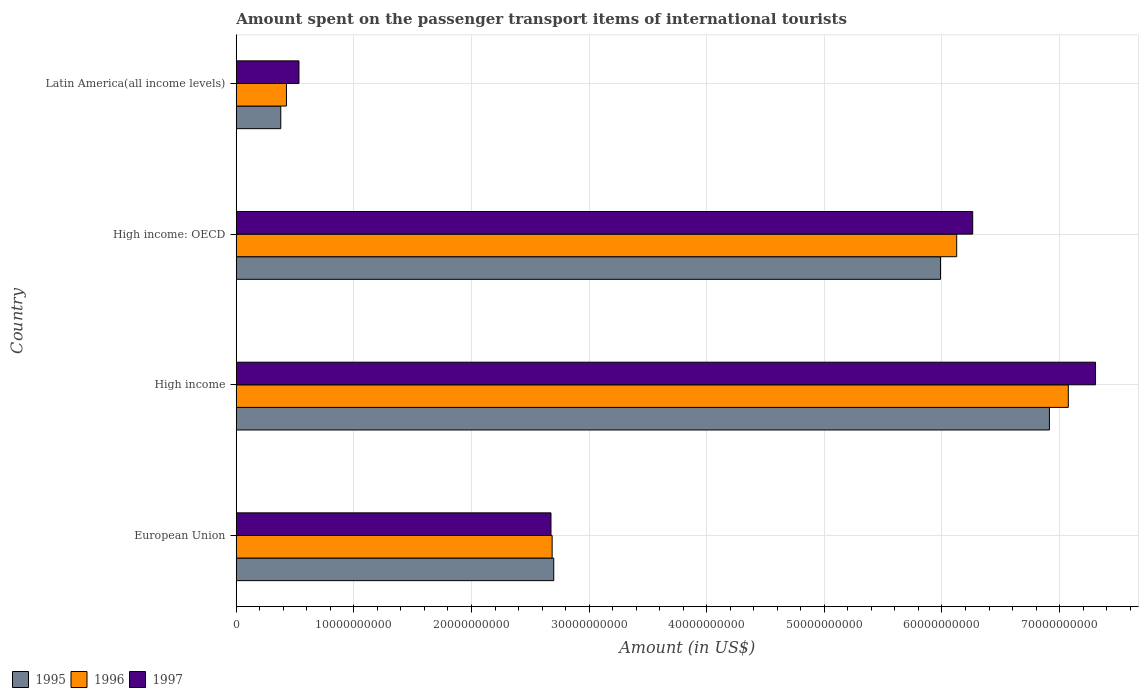
| Country | 1995 | 1996 | 1997 |
 | --- | --- | --- | --- |
 | European Union | 2.7e+10 | 2.69e+10 | 2.68e+10 |
 | High income | 6.91e+10 | 7.07e+10 | 7.31e+10 |
 | High income: OECD | 5.99e+10 | 6.12e+10 | 6.26e+10 |
 | Latin America(all income levels) | 3.79e+09 | 4.27e+09 | 5.33e+09 |